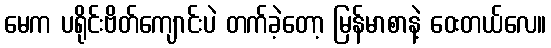
မေက ပရိုင်းဗိတ်ကျောင်းပဲ တက်ခဲ့တော့ မြန်မာစာနဲ့ ဝေးတယ်လေ။